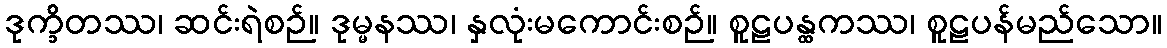
ဒုက္ခိတဿ၊ ဆင်းရဲစဉ်။ ဒုမ္မနဿ၊ နှလုံးမကောင်းစဉ်။ စူဠပန္ထကဿ၊ စူဠပန်မည်သော။